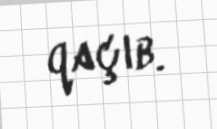
qaçıb.